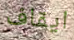
ايقاف